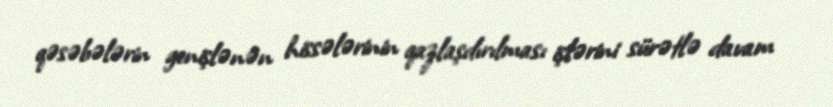
qəsəbələrin genişlənən hissələrinin qazlaşdırılması işlərini sürətlə davam